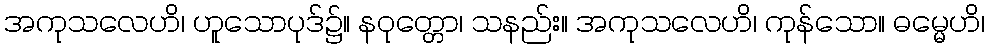
အကုသလေဟိ၊ ဟူသောပုဒ်၌။ နဝုတ္တော၊ သနည်း။ အကုသလေဟိ၊ ကုန်သော။ ဓမ္မေဟိ၊